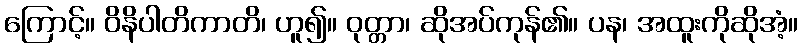
ကြောင့်။ ဝိနိပါတိကာတိ၊ ဟူ၍။ ဝုတ္တာ၊ ဆိုအပ်ကုန်၏။ ပန၊ အထူးကိုဆိုအံ့။